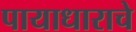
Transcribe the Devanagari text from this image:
पायाधाराचे